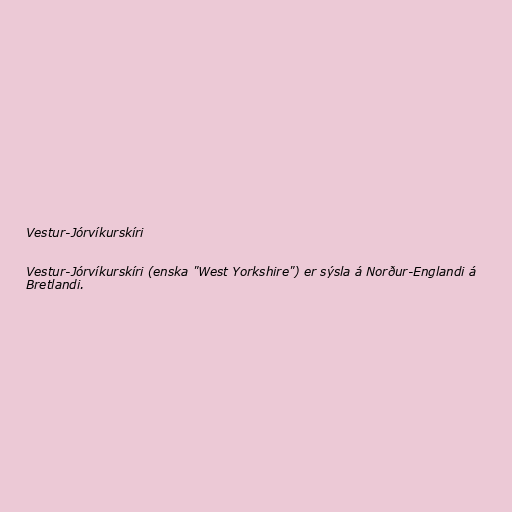
Vestur-Jórvíkurskíri

Vestur-Jórvíkurskíri (enska "West Yorkshire") er sýsla á Norður-Englandi á
Bretlandi.